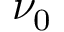
\nu _ { 0 }